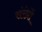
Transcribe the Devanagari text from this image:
संरंध्रों